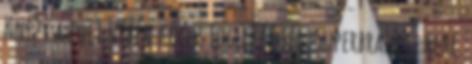
Knézy a foci vébén Kócos Fogú Rémség: Superbrands, hehe.